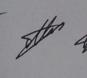
Signature authenticity: genuine